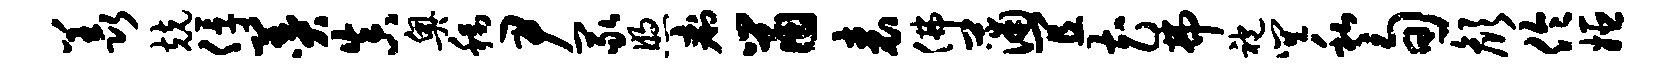
羡兢俘羹真奥称尹冢煦痢鼠表佛蒲宜花弗袍巽私旬颜伶姬